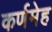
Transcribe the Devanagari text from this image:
कर्णमेह